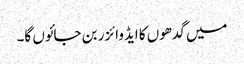
میں گدھوں کا ایڈوائزر بن جائوں گا۔